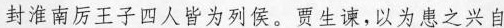
封淮南厉王子四人皆为列侯。贾生谏，以为患之兴自